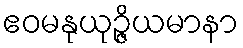
ဧဝမနုယုဉ္ဇိယမာနာ